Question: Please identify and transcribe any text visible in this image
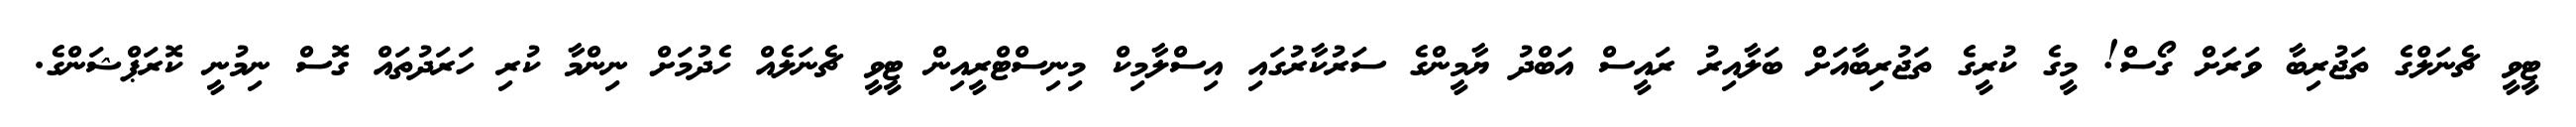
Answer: ޓީވީ ޗެނަލްގެ ތަޖުރިބާ ވަރަށް ގޯސް! މީގެ ކުރީގެ ތަޖުރިބާއަށް ބަލާއިރު ރައީސް އަބްދު ޔާމީންގެ ސަރުކާރުގައި އިސްލާމިކް މިނިސްޓްރީއިން ޓީވީ ޗެނަލެއް ހެދުމަށް ނިންމާ ކުރި ހަރަދުތައް ގޮސް ނިމުނީ ކޮރަޕްޝަންގެ.